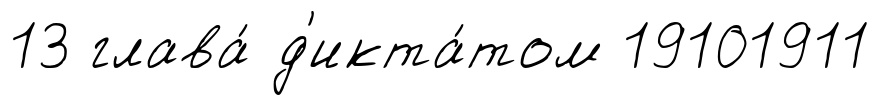
13 глава́ д'икта́том 19101911